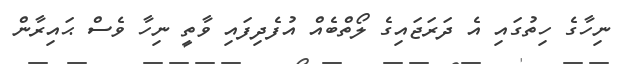
ނިހާގެ ހިތުގައި އެ ދަރަޖައިގެ ލޯތްބެއް އުފެދިފައި ވާތީ ނިހާ ވެސް ޙައިރާން